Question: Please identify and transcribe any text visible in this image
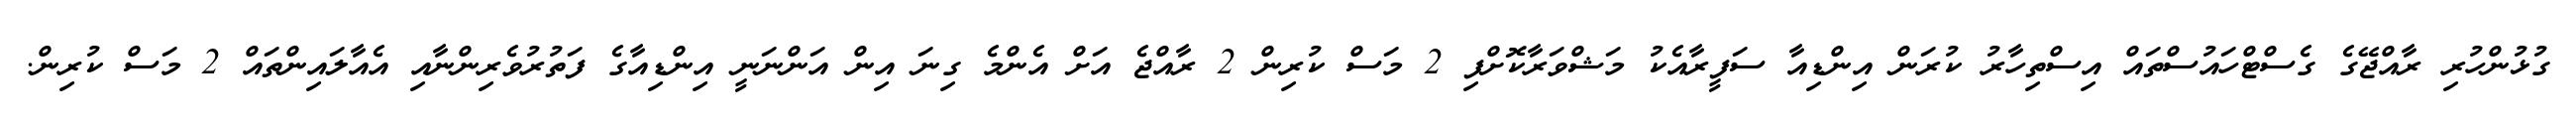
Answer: ގުޅުންހުރި ރާއްޖޭގެ ގެސްޓްހައުސްތައް އިސްތިހާރު ކުރަން އިންޑިއާ ސަފީރާއެކު މަޝްވަރާކޮށްފި 2 މަސް ކުރިން 2 ރާއްޖެ އަށް އެންމެ ގިނަ އިން އަންނަނީ އިންޑިއާގެ ފަތުރުވެރިންނާއި އެއާލައިންތައް 2 މަސް ކުރިން.